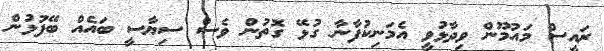
ރައީސް މައުމޫން ވިދާޅުވީ އެމަނިކުފާނާ ގުޅޭ ގޮތުން ވެސް ސިޔާސީ ބައެއް ބޭފުޅުން